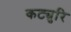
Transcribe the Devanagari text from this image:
कट्युरि